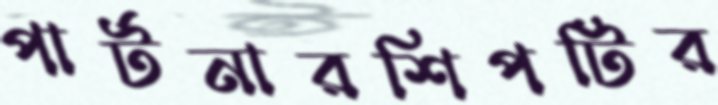
পার্টনারশিপটির